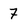
Character: 7